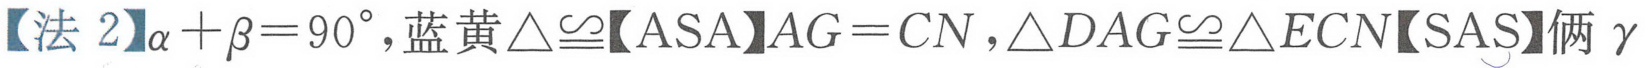
【法 2】\(\alpha+\beta = 90^{\circ}\)，蓝黄\(\triangle\cong\)【ASA】\(AG = CN\)，\(\triangle DAG\cong\triangle ECN\)【SAS】俩\(\gamma\)